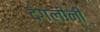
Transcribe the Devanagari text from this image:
दंगलींनी